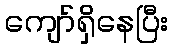
ကျော်ရှိနေပြီး